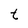
Character: t